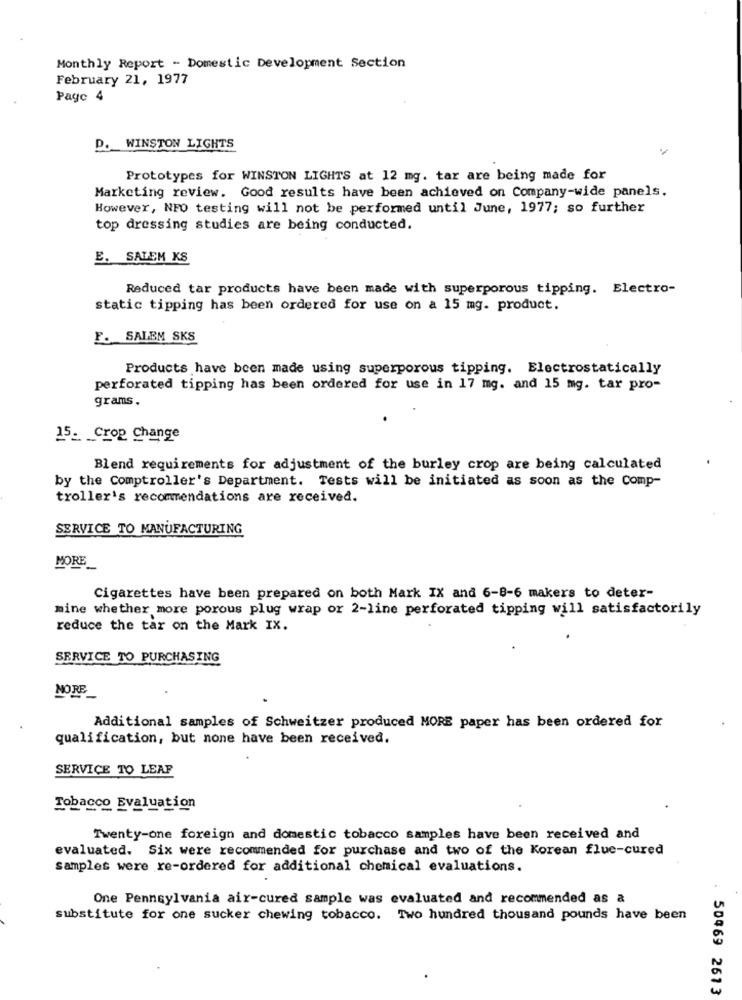
Monthly Report - Domestic Development Section
February 21, 1977
Page 4
D. WINSTON LIGHTS
Prototypes for WINSTON LIGHTS at 12 mg. tar are being made for
Marketing review. Good results have been achieved on Company-wide panels.
However, NFO testing will not be performed until June, 1977; so further
top dressing studies are being conducted.
E. SALEM KS
Reduced tar products have been made with superporous tipping. Electro-
static tipping has been ordered for use on a 15 mg. product.
F. SALEM SKS
Products have been made using superporous tipping. Electrostatically
perforated tipping has been ordered for use in 17 mg. and 15 mg. tar pro-
grams.
15_ Crop Change
Blend requirements for adjustment of the burley crop are being calculated
by the Comptroller's Department. Tests will be initiated as soon as the Comp-
troller's recommendations are received.
SERVICE TO MANUFACTURING
MORE
Cigarettes have been prepared on both Mark IX and 6-8-6 makers to deter-
mine whether more porous plug wrap or 2-line perforated tipping will satisfactorily
reduce the tar on the Mark IX.
SERVICE TO PURCHASING
NORE_
Additional samples of Schweitzer produced MORE paper has been ordered for
qualification, but none have been received.
SERVICE TO LEAF
Tobacco Evaluation
Twenty-one foreign and domestic tobacco samples have been received and
evaluated. Six were recommended for purchase and two of the Korean flue-cured
samples were re-ordered for additional chemical evaluations.
One Pennsylvania air-cured sample was evaluated and recommended as a
substitute for one sucker chewing tobacco. Two hundred thousand pounds have been
50469 2613